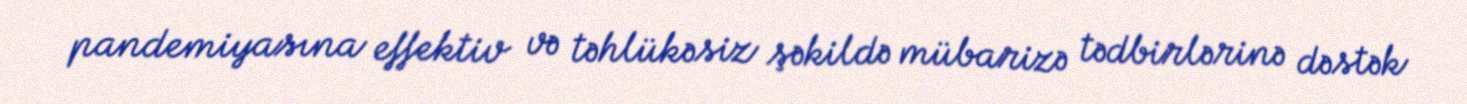
pandemiyasına effektiv və təhlükəsiz şəkildə mübarizə tədbirlərinə dəstək